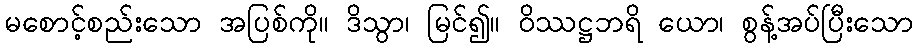
မစောင့်စည်းသော အပြစ်ကို။ ဒိသွာ၊ မြင်၍။ ဝိဿဋ္ဌဘရိ ယော၊ စွန့်အပ်ပြီးသော